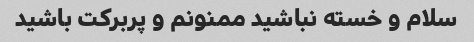
سلام و خسته نباشید ممنونم و پربرکت باشید